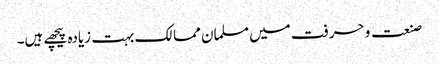
صنعت و حرفت میں مسلمان ممالک بہت زیادہ پیچھے ہیں۔